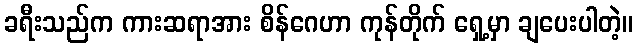
ခရီးသည်က ကားဆရာအား စိန်ဂေဟာ ကုန်တိုက် ရှေ့မှာ ချပေးပါတဲ့။